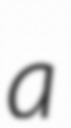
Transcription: a